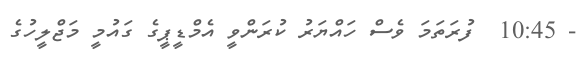
- 10:45  ފުރަތަމަ ވެސް ހައްޔަރު ކުރަންވީ އެމްޑީޕީގެ ގައުމީ މަޖްލީހުގެ